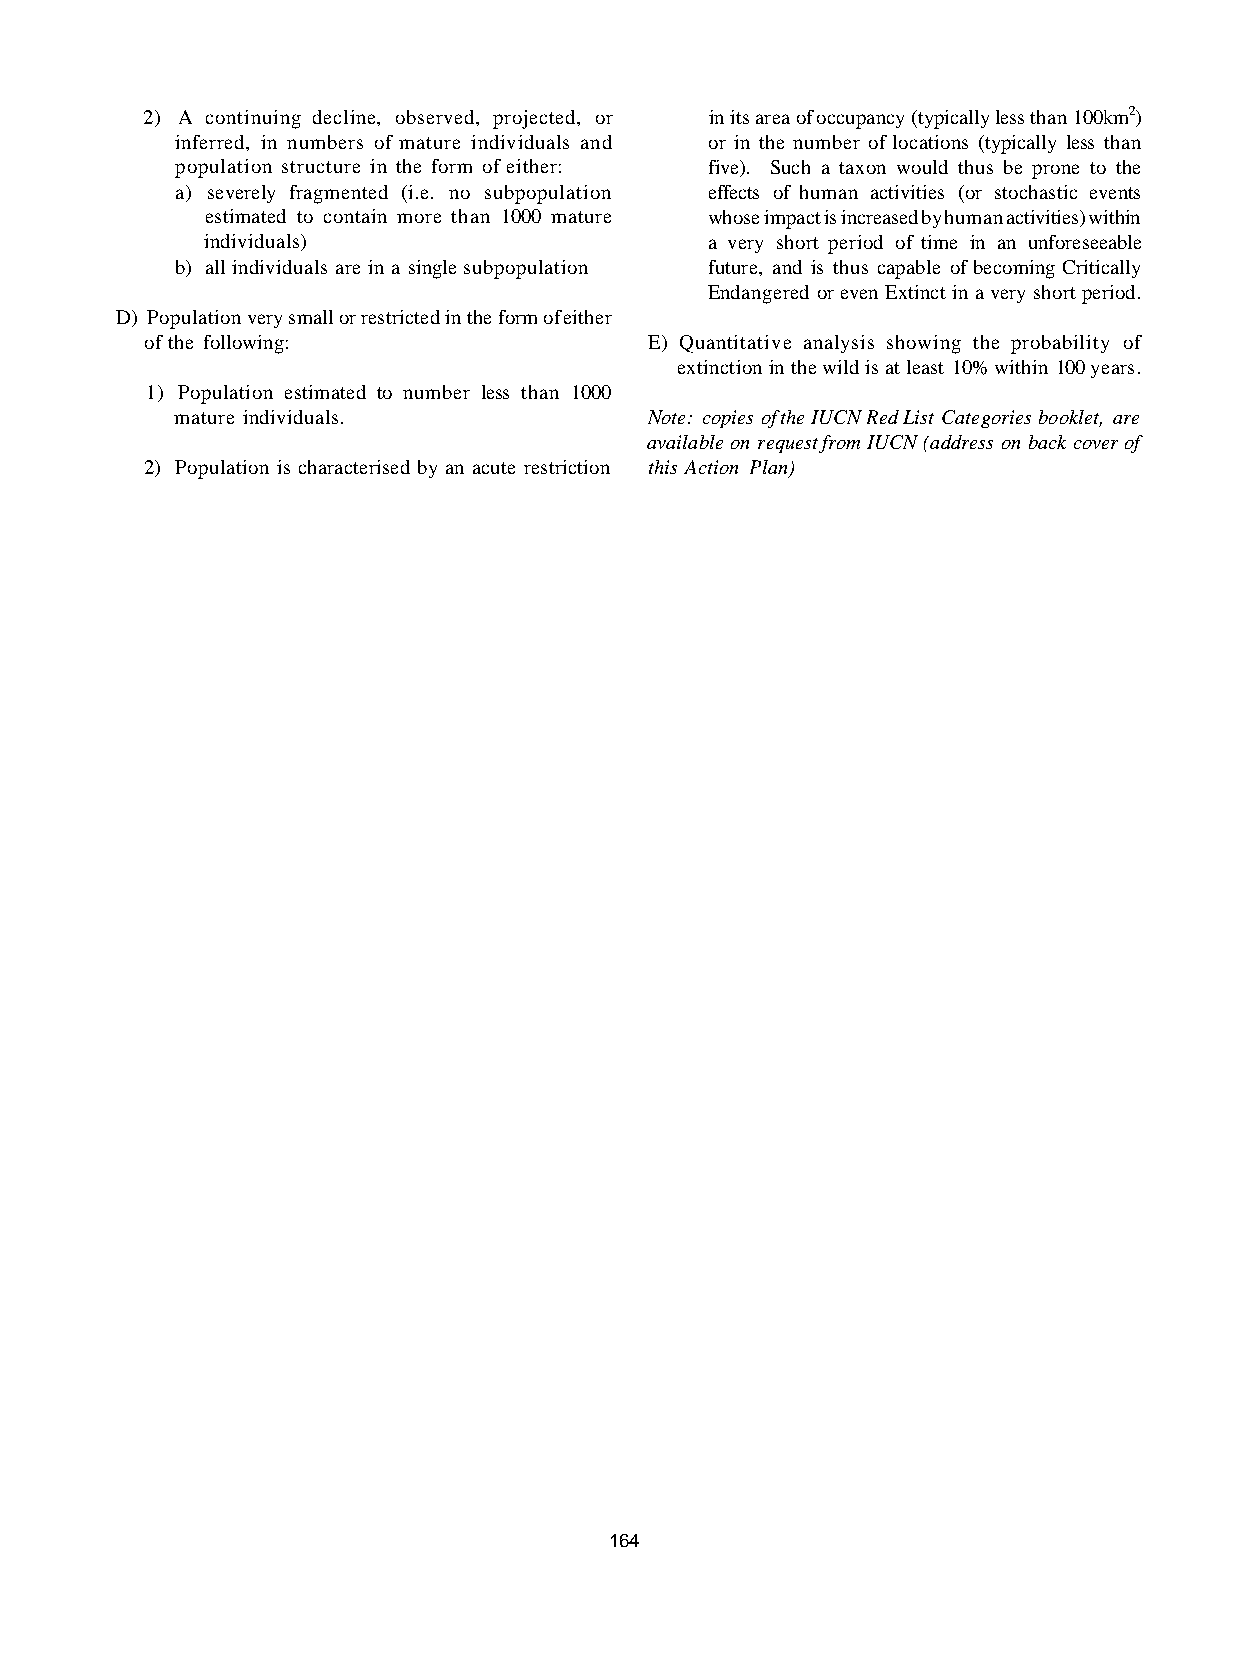
2) A continuing decline, observed, projected, or in its area of occupancy (typically less than 100km2)
 inferred, in numbers of mature individuals and or in the number of locations (typically less than
 population structure in the form of either: five). Such a taxon would thus be prone to the
 a) severely fragmented (i.e. no subpopulation effects of human activities (or stochastic events
 estimated to contain more than 1000 mature whose impact is increased by human activities) within
 individuals)                     a very short period of time in an unforeseeable
 b) all individuals are in a single subpopulation future, and is thus capable of becoming Critically
 Endangered or even Extinct in a very short period.
 D) Population very small or restricted in the form of either
 of the following:                E) Quantitative analysis showing the probability of
 extinction in the wild is at least 10% within 100 years.
 1) Population estimated to number less than 1000
 mature individuals.            Note: copies of the IUCN Red List Categories booklet, are
 available on request from IUCN (address on back cover of
 2) Population is characterised by an acute restriction this Action Plan)
 164